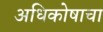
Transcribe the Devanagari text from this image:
अधिकोषाचा